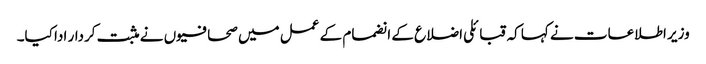
وزیر اطلاعات نے کہا کہ قبائلی اضلاع کے انضمام کے عمل میں صحافیوں نے مثبت کردار ادا کیا۔